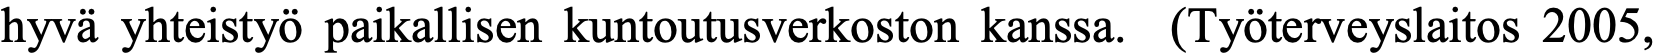
hyvä yhteistyö paikallisen kuntoutusverkoston kanssa. (Työterveyslaitos 2005,